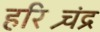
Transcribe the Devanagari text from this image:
हरिश्र्चंद्र